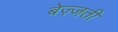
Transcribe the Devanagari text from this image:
बेज़्जती